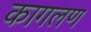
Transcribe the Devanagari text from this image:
कागलण